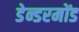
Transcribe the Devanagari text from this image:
डेन्डरमोंड